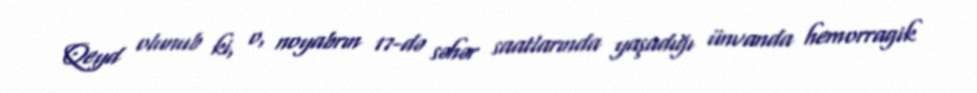
Qeyd olunub ki, o, noyabrın 17-də səhər saatlarında yaşadığı ünvanda hemorragik